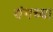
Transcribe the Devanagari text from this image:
यंगच्या